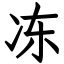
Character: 冻